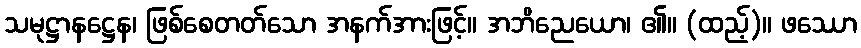
သမုဋ္ဌာနဋ္ဌေန၊ ဖြစ်စေတတ်သော အနက်အားဖြင့်။ အဘိညေယော၊ ၏။ (ထည့်)။ ဖဿော